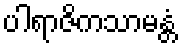
ပါရာဇိကသာမန္တံ